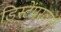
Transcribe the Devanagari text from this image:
डिस्टेंपरवाली